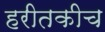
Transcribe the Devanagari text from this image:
हरीतकीच